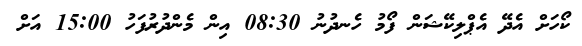
ކޯހަށް އެދޭ އެޕްލިކޭޝަން ފޯމު ހެނދުނު 08:30 އިން މެންދުރުފަހު 15:00 އަށް